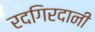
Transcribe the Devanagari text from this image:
रदगिरदानी